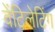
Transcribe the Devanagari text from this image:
वेंटिलेटिंग